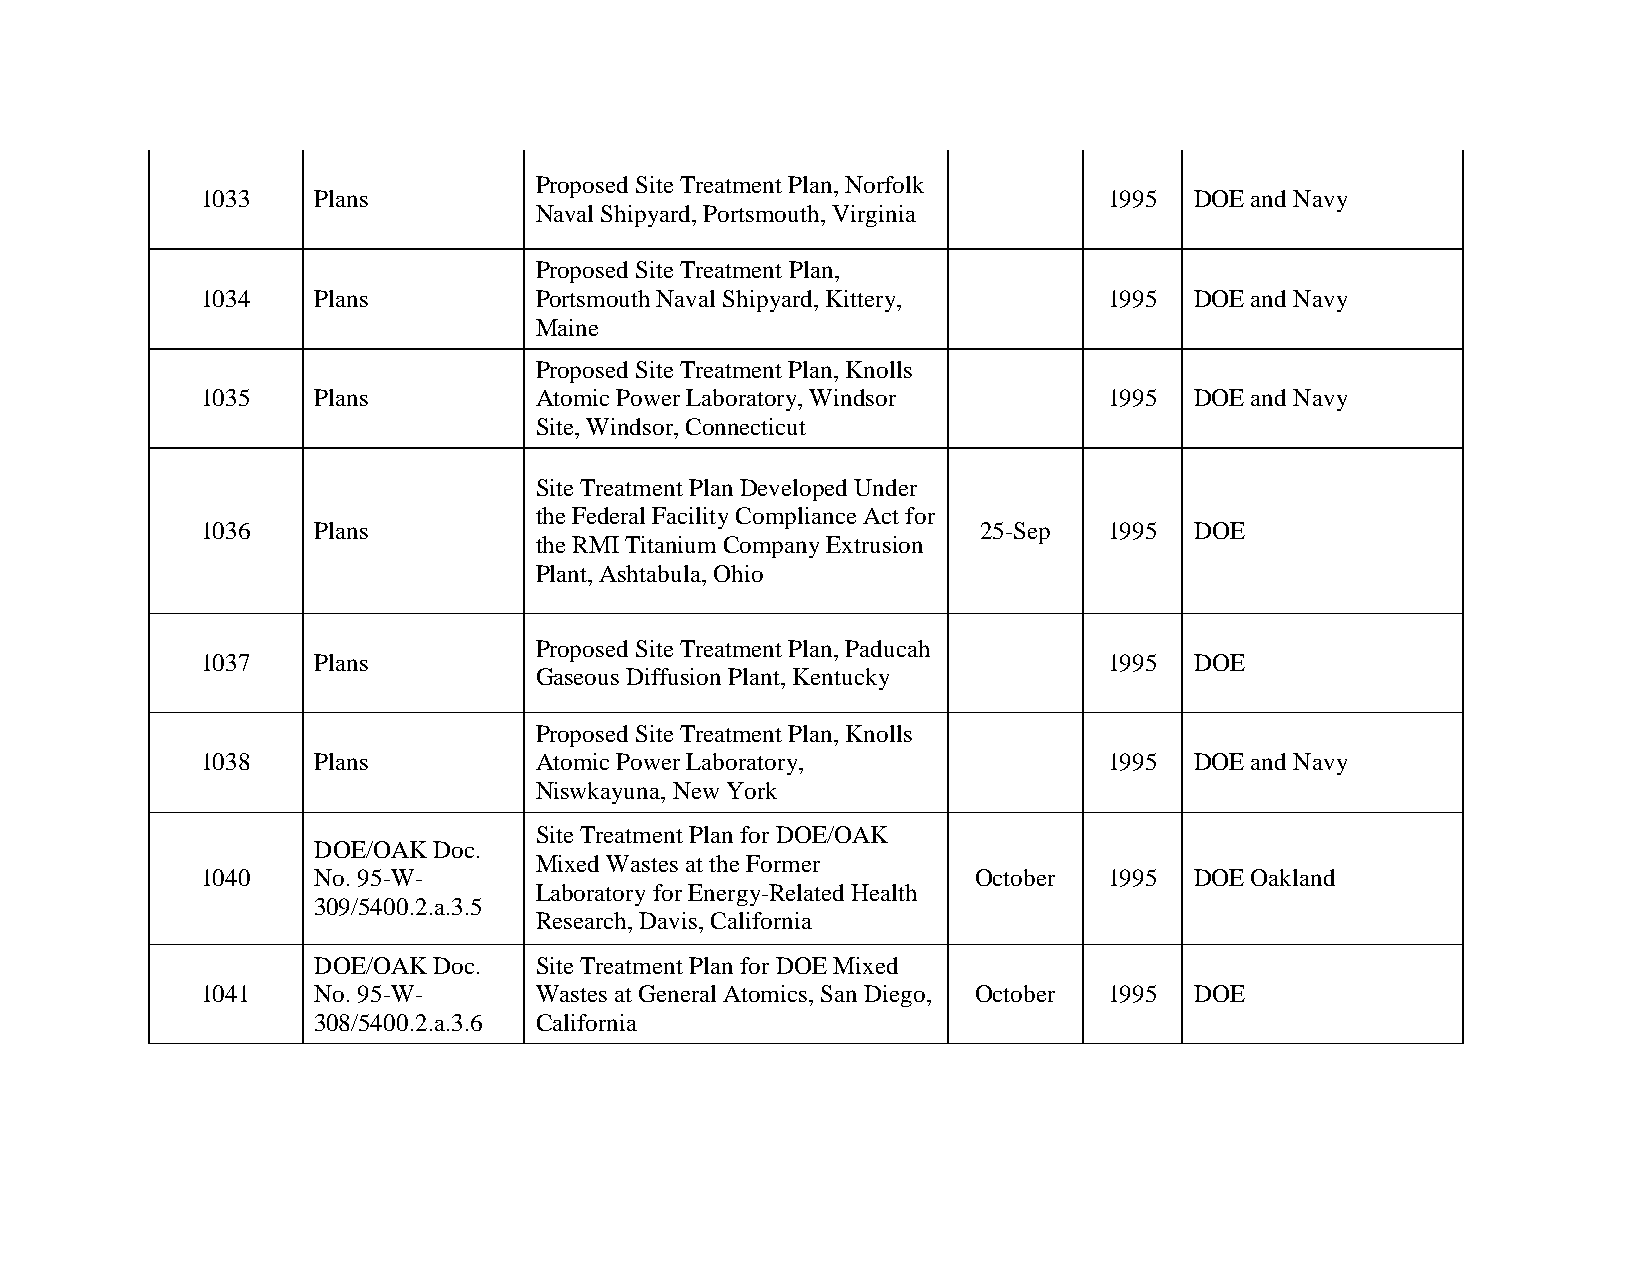
Proposed Site Treatment Plan, Norfolk
 1033    Plans                                               1995  DOE and Navy
 Naval Shipyard, Portsmouth, Virginia
 Proposed Site Treatment Plan,
 1034    Plans         Portsmouth Naval Shipyard, Kittery,   1995  DOE and Navy
 Maine
 Proposed Site Treatment Plan, Knolls
 1035    Plans         Atomic Power Laboratory, Windsor      1995  DOE and Navy
 Site, Windsor, Connecticut
 Site Treatment Plan Developed Under
 the Federal Facility Compliance Act for
 1036    Plans                                       25-Sep  1995  DOE
 the RMI Titanium Company Extrusion
 Plant, Ashtabula, Ohio
 Proposed Site Treatment Plan, Paducah
 1037    Plans                                               1995  DOE
 Gaseous Diffusion Plant, Kentucky
 Proposed Site Treatment Plan, Knolls
 1038    Plans         Atomic Power Laboratory,              1995  DOE and Navy
 Niswkayuna, New York
 Site Treatment Plan for DOE/OAK
 DOE/OAK Doc.
 Mixed Wastes at the Former
 1040    No. 95-W-                                  October  1995  DOE Oakland
 Laboratory for Energy-Related Health
 309/5400.2.a.3.5
 Research, Davis, California
 DOE/OAK Doc.  Site Treatment Plan for DOE Mixed
 1041    No. 95-W-     Wastes at General Atomics, San Diego, October 1995 DOE
 308/5400.2.a.3.6 California